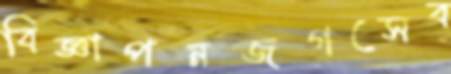
বিজ্ঞাপনজগত্সেব